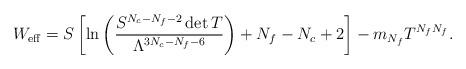
LaTeX: \begin{align*}W_{\rm eff}=S \left[ \ln\left(\frac{S^{N_c-N_f-2}\det T}{\Lambda^{3N_c-N_f-6}}\right)+N_f-N_c+2\right]-m_{N_f}T^{N_fN_f}.\end{align*}